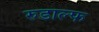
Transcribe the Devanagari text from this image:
रुडाल्फ